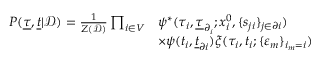
\begin{array} { r } { \begin{array} { r l } { P ( \underline { { \tau } } , \underline { { t } } | \mathcal { D } ) = \frac { 1 } { Z ( \mathcal { D } ) } \prod _ { i \in V } } & { \psi ^ { * } ( \tau _ { i } , \underline { { \tau } } _ { \partial _ { i } } ; x _ { i } ^ { 0 } , \{ s _ { j i } \} _ { j \in \partial i } ) } \\ & { \times \psi ( t _ { i } , \underline { { t } } _ { \partial i } ) \xi ( \tau _ { i } , t _ { i } ; \{ \varepsilon _ { m } \} _ { i _ { m } = i } ) } \end{array} } \end{array}